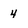
Character: 4